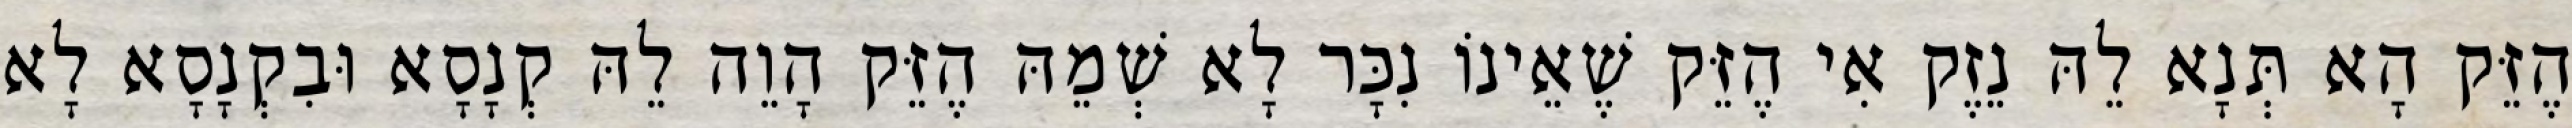
הֶזֵּק הָא תְּנָא לֵהּ נֵזֶק אִי הֶזֵּק שֶׁאֵינוֹ נִכָּר לָא שְׁמֵהּ הֶזֵּק הָוֵה לֵהּ קְנָסָא וּבִקְנָסָא לָא